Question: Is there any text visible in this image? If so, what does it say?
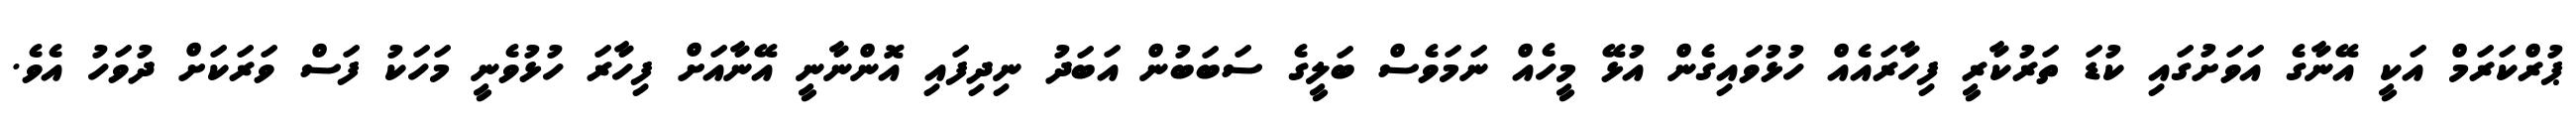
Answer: ޕުރްކަރަމް އަކީ އޭނާގެ އަވަށުގައި ކުޑަ ތަރުކާރީ ފިހާރައެއް ހުޅުވައިގެން އުޅޭ މީހެއް ނަމަވެސް ބަލީގެ ސަބަބުން އަބަދު ނިދިފައި އޮންނާނީ އޭނާއަށް ފިހާރަ ހުޅުވެނީ މަހަކު ފަސް ވަރަކަށް ދުވަހު އެވެ.